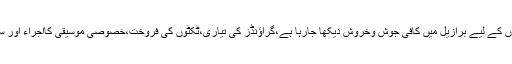
05 اگست 2016 سے 21 اگست 2016 تک مسلسل جاری رہنے والے مقابلوں کے لیے برازیل میں کافی جوش وخروش دیکھا جارہا ہے،گراؤنڈز کی تیاری،ٹکٹوں کی فروخت،خصوصی موسیقی کااجراء اور سیکورٹی سے لے کر تمام چھوٹے بڑے انتظامات کو فول پروف بنایا جارہاہے۔